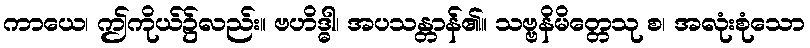
ကာယေ၊ ဤကိုယ်၌လည်း။ ဗဟိဒ္ဓါ၊ အပသန္တာန်၏။ သဗ္ဗနိမိတ္တေသု စ၊ အလုံးစုံသော